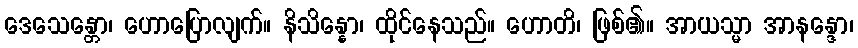
ဒေသေန္တော၊ ဟောပြောလျက်။ နိသိန္နော၊ ထိုင်နေသည်။ ဟောတိ၊ ဖြစ်၏။ အာယသ္မာ အာနန္ဒော၊